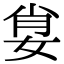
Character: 𡜽